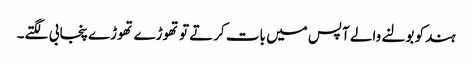
ہندکو بولنے والے آپس میں بات کرتے تو تھوڑے تھوڑے پنجابی لگتے۔